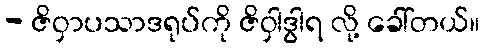
- ဇိဝှာပသာဒရုပ်ကို ဇိဝှါဒွါရ လို့ ခေါ်တယ်။